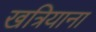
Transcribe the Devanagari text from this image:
खत्रियाना